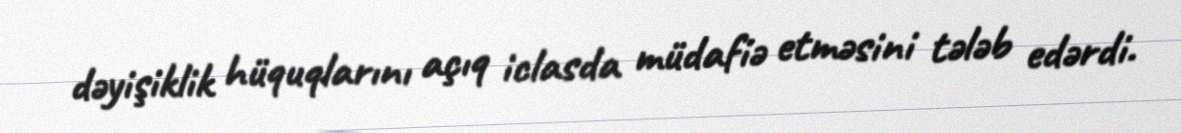
dəyişiklik hüquqlarını açıq iclasda müdafiə etməsini tələb edərdi.